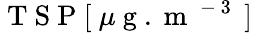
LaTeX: \mathrm{~T~S~P~[~}\mu\mathrm{~g~.~m~}^{\mathrm{~-~3~}}\mathrm{~]~}